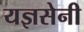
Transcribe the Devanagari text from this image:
यज्ञसेनी